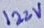
Text: 122V